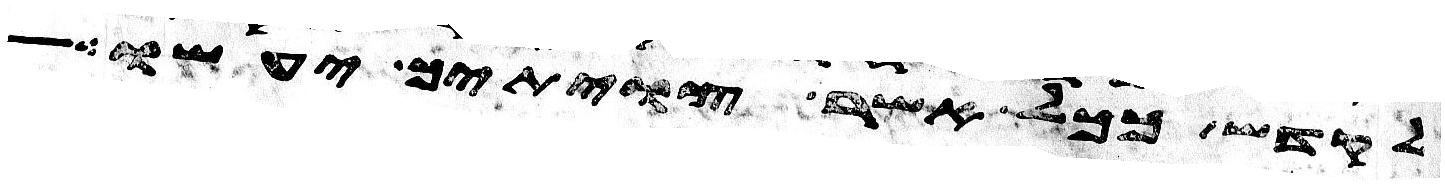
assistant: לקדש ככל אשר צויתיך יעשו